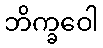
ဘိက္ခဝေါ